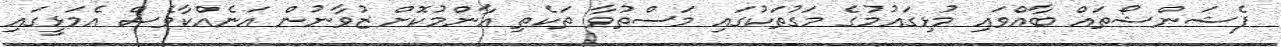
ފެޝަންޝޯތައް ބާއްވައި މުޅިގައުމުގެ މަގުތަކުގައި މަސްތުވާ ތަކެތި އާންމުކޮށް ޒުވާނުން އަނެއްކާވެސް އެމަޅީގައި